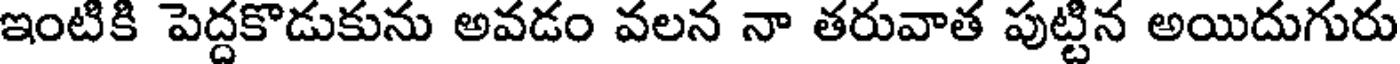
ఇంటికి పెద్దకొడుకును అవడం వలన నా తరువాత పుట్టిన అయిదుగురు